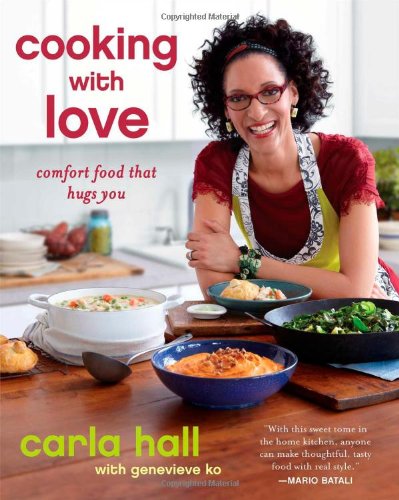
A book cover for Cooking with Love: Comfort Food that Hugs You; Carla Hall; Cookbooks, Food & Wine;